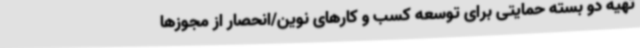
تهیه دو بسته حمایتی برای توسعه کسب و کارهای نوین/انحصار از مجوزها